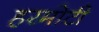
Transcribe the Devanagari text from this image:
हरमोटी